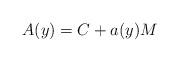
LaTeX: \begin{align*}A(y) = C + a(y) M \end{align*}